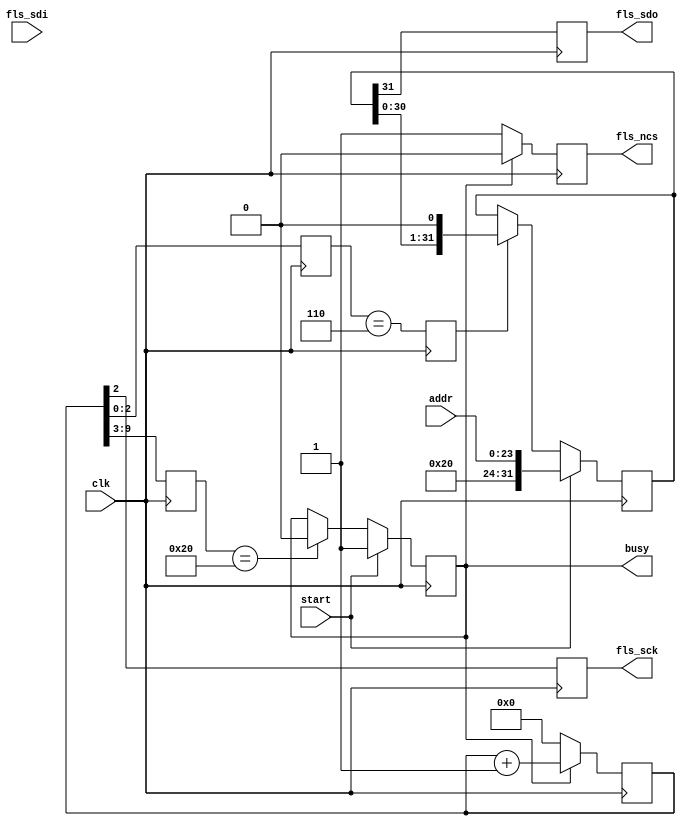
`timescale 1ns / 1ps
//////////////////////////////////////////////////////////////////////////////////
// Company: 
// Engineer: 
// 
// Design Name: 
// Module Name: flash_sector_erase
// Project Name: 
// Target Devices: 
// Tool Versions: 
// Description: 
// 
// Dependencies: 
// 
// Revision:
// Revision 0.01 - File Created
// Additional Comments:
// (* mark_debug="true" *)
//////////////////////////////////////////////////////////////////////////////////

module flash_sector_erase
(
    input   wire        clk,

    // SPI
    output  reg         fls_sck,
    output  reg         fls_ncs,
    output  reg         fls_sdo,
    input   wire        fls_sdi,

    // addr
    input   wire        start,
    input   wire [23:0] addr,

    output  reg         busy
);

reg [9:0] cnt;
reg [6:0] cycle_cnt; 
reg [2:0] phase_cnt;
reg [31:0] tx_reg;
reg sft_wen;

initial
begin
    cnt = 0;
    tx_reg = 0;
    busy = 0;
end

// 
always@(posedge clk)
begin
    if(busy)
        cnt <= cnt + 1;
    else
        cnt <= 0;
end

// 
always@(posedge clk)
begin
    cycle_cnt <= cnt[9:3];
end

// 
always@(posedge clk)
begin
    phase_cnt <= cnt[2:0];
end

// SPI
always@(posedge clk)
begin
    fls_sck <= cnt[2];
end

// SPI
always@(posedge clk)
begin
    if(busy)
        fls_ncs <= 0;
    else
        fls_ncs <= 1;
end

// 
always@(posedge clk)
begin
    if(start)
        tx_reg <= {8'h20,addr}; // 
    else if(sft_wen)
        tx_reg <= {tx_reg[30:0],1'b0};
end

// (sck).
always@(posedge clk)
begin
    sft_wen <= (phase_cnt == 6);
end

// sdo
always@(posedge clk)
begin
    fls_sdo <= tx_reg[31];
end

// busy
always@(posedge clk)
begin
    if(start)
        busy <= 1;
    else if(cycle_cnt == 32)
        busy <= 0;
end

endmodule